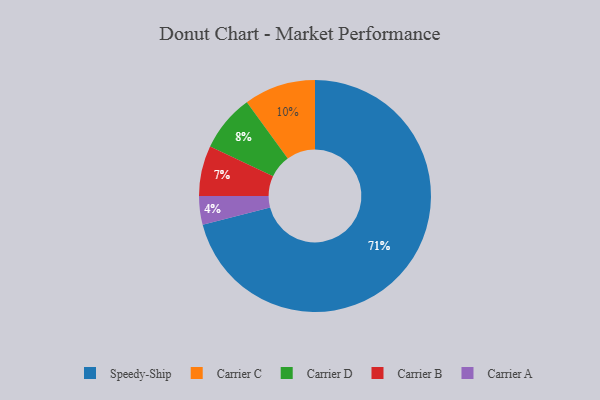
{"axis": {"x": "Category", "y": "Percentage"}, "legend": ["Carrier A", "Carrier B", "Carrier C", "Carrier D", "Speedy-Ship"], "data": [{"x": "Carrier D", "y": 8, "type": "Carrier D"}, {"x": "Carrier A", "y": 4, "type": "Carrier A"}, {"x": "Carrier C", "y": 10, "type": "Carrier C"}, {"x": "Speedy-Ship", "y": 71, "type": "Speedy-Ship"}, {"x": "Carrier B", "y": 7, "type": "Carrier B"}]}